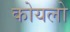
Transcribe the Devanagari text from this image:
कोयलो